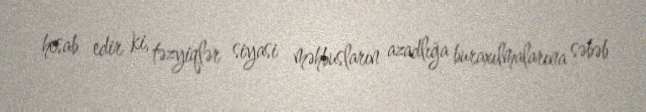
hesab edir ki, təzyiqlər siyasi məhbusların azadlığa buraxılmalarına səbəb